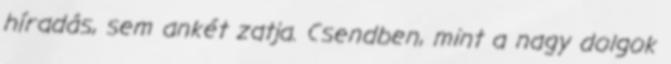
híradás, sem ankét zatja. Csendben, mint a nagy dolgok